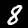
Label: 8